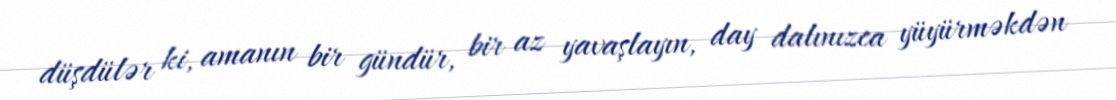
düşdülər ki, amanın bir gündür, bir az yavaşlayın, day dalınızca yüyürməkdən